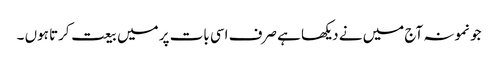
جو نمونہ آج میں نے دیکھا ہے صرف اسی بات پر میں بیعت کرتا ہوں ۔